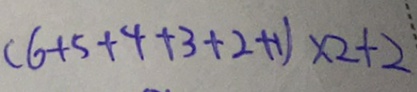
( 6 + 5 + 4 + 3 + 2 + 1 ) \times 2 + 2